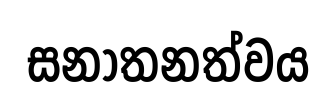
සනාතනත්වය